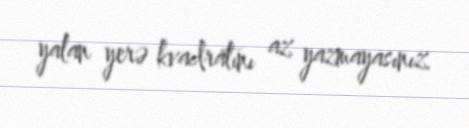
yalan yerə kvadratını az yazmayasınız.